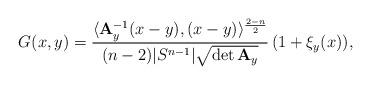
LaTeX: \begin{align*} G(x,y)=\frac{\langle {\bf A}_y^{-1}(x-y),(x-y)\rangle^{\frac{2-n}{2}}}{(n-2)|S^{n-1}|\sqrt{\det {\bf A}_y}}\,(1+\xi_y(x)), \end{align*}